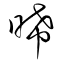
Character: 晞